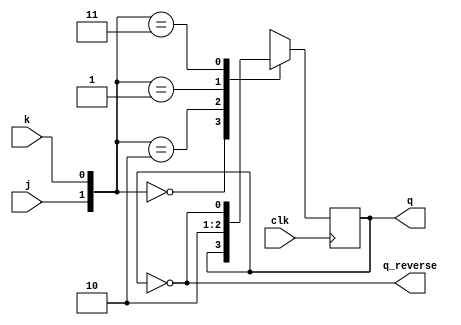
`timescale 1ns / 1ps
//////////////////////////////////////////////////////////////////////////////////
// Company: 
// Engineer: 
// 
// Design Name: 
// Module Name: masterSlaveJKFlipFlop
// Project Name: 
// Target Devices: 
// Tool Versions: 
// Description: 
// 
// Dependencies: 
// 
// Revision:
// Revision 0.01 - File Created
// Additional Comments:
// 
//////////////////////////////////////////////////////////////////////////////////

module jkFlipFlop(
    input j,
    input k,
    input clk,
    output reg q,
    output q_reverse
);
    assign q_reverse = ~q;
    always @(posedge clk) begin
        case({j,k})
            2'b00 : q<=q;
            2'b10 : q<=1;
            2'b01 : q<=0;
            2'b11 : q<=~q;
        endcase
    end
endmodule

module masterSlaveJKFlipFlop(
    input set,
    input reset,
    input clk,
    output q,
    output q_reverse    
    );
    wire clk_reverse = ~clk;
    wire q_Master;
    wire q_Rev_Master;
    jkFlipFlop Master (set, reset,clk,q_Master, q_Rev_Master);
    jkFlipFlop Slave (q_Master, q_Rev_Master, clk_reverse,q,q_reverse);
endmodule